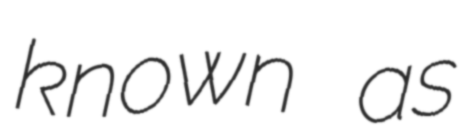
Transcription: known as